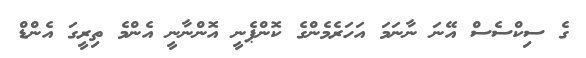
ގެ ސިކްސެސް އޭނަ ނާނަމަ އަހަރެމެންގެ ކޮންޕެނީ އޮންނާނީ އެންމެ ތިރީގަ އެންޑް